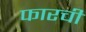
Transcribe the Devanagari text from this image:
फारची